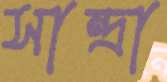
সান্দ্রা